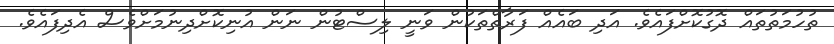
ތުހުމަތުތައް ދޮގުކޮށްފައެވެ. އަދި ބައެއް ފަރާތްތަކުން ވަނީ ލިސްޓުން ނަން އުނިކޮށްދިނުމަށްވެސް އެދިފައެވެ.